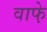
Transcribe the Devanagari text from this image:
वाफे़